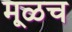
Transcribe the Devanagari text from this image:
मूळच